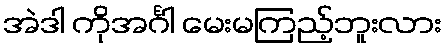
အဲဒါ ကိုအင်္ဂါ မေးမကြည့်ဘူးလား